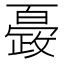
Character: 𭤍